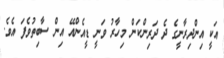
އަކީ އިންދިރާނީގެ ދެ ދަރިންކަން މިހާރު ވަނީ ޑީއެންއޭ އިން ސާބިތުވެފަ އެވެ.